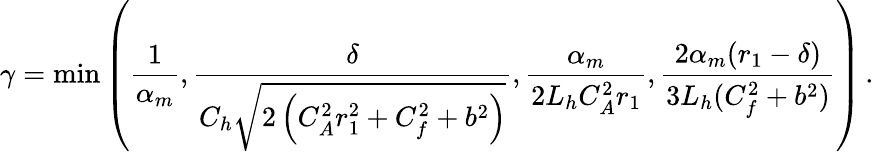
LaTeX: \gamma=\operatorname*{min}\left(\frac{1}{\alpha_{m}},\frac{\delta}{C_{h}\sqrt{2\left(C_{A}^{2}r_{1}^{2}+C_{f}^{2}+b^{2}\right)}},\frac{\alpha_{m}}{2L_{h}C_{A}^{2}r_{1}},\frac{2\alpha_{m}(r_{1}-\delta)}{3L_{h}(C_{f}^{2}+b^{2})}\right)\, .